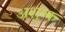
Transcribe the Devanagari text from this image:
अशुष्क